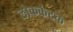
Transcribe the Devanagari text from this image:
लोककंटक